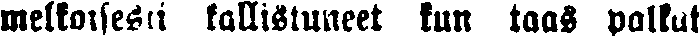
melkoisesti kallistuneet kun taas palkat